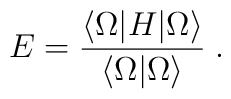
E=\frac {\langle \Omega | H | \Omega \rangle} {\langle \Omega | \Omega \rangle} \; .